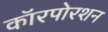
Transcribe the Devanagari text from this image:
कॉरपोरशन